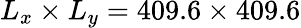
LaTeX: L_{x}\times L_{y}=409.6\times 409.6